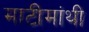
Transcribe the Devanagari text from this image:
माटीमांथी